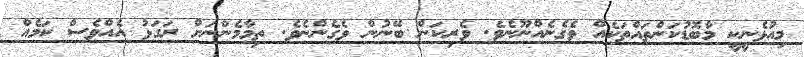
މިއުޅެނީކީ މާބޮޑުކަންތައްތަކެއް ވެގެނެއްނޫނެވެ. ވެރިކަން ބޭނުން ވެގެންނެވެ. ތިމާމެންނަށް ރަގަޅު އެއްވެސް ކަމެއް